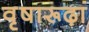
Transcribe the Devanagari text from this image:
वृषारूढ़ां